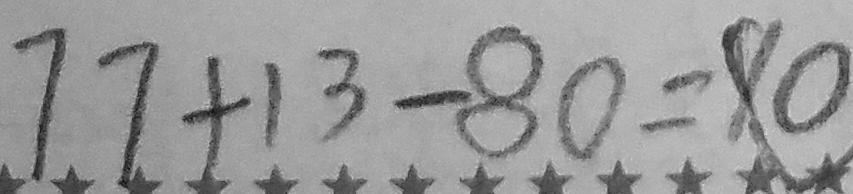
7 7 + 1 3 - 8 0 = 8 0